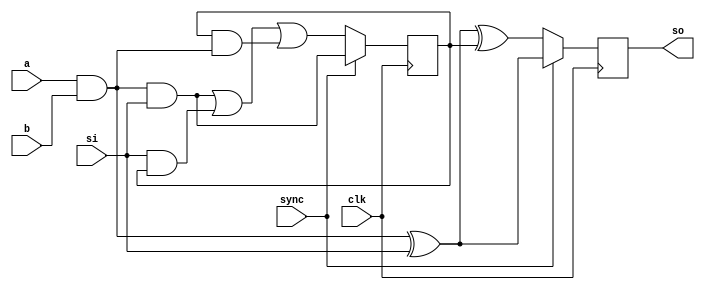
module serialmuladd(input wire a,    // a operand
                    input wire 	b, // b operand
                    input wire 	clk,
                    input wire 	sync,
                    input wire 	si, // sum in
                    output wire so); // sum out
   
   reg 				carry;
   reg 				sum;
   
   wire 			m;
   assign m = a & b;
   
   always @(posedge clk) 
     if (sync)
       begin
          sum   <= m ^ si;
          carry <= m & si;
       end
     else
       begin
          sum   <= m ^ si ^ carry;
          carry <= (m & si) | (si & carry) | (carry & m);
       end

   assign so = sum;
   
endmodule